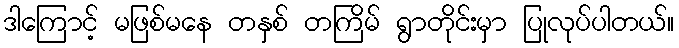
ဒါကြောင့် မဖြစ်မနေ တနှစ် တကြိမ် ရွာတိုင်းမှာ ပြုလုပ်ပါတယ်။